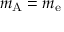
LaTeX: m _ { \mathrm { A } } = m _ { \mathrm { e } }